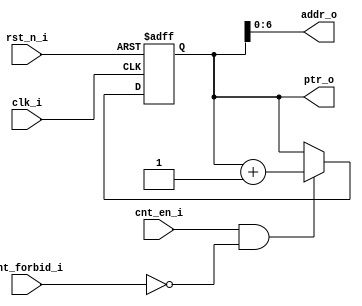
module wrap_addr_cnt #(
  parameter ADDR_WIDTH = 7
)(
  // clk and reset
  input  wire                  clk_i,
  input  wire                  rst_n_i,  //low active,asychronous

  input  wire                  cnt_en_i,
  input  wire                  cnt_forbid_i,

  //generate address
  output wire [ADDR_WIDTH-1:0] addr_o,
  output reg  [ADDR_WIDTH:0]   ptr_o
);

always @(posedge clk_i or negedge rst_n_i) begin
  if(~rst_n_i) begin
    ptr_o <= {(ADDR_WIDTH+1){1'b0}};
  end
  else if(cnt_en_i && !cnt_forbid_i) begin
    ptr_o <= ptr_o + 1'b1;
  end
end

assign addr_o = ptr_o[ADDR_WIDTH-1:0];
endmodule